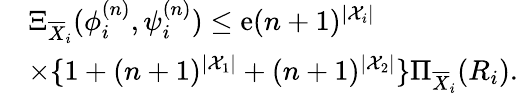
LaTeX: \begin{array}{rl}&{\Xi_{\overline{{X}}_{i}}(\phi_{i}^{(n)},\psi_{i}^{(n)})\leq\mathrm{e}(n+1)^{|{\cal X}_{i}|}}\\ &{\times\{ 1+(n+1)^{|{\cal X}_{1}|}+(n+1)^{|{\cal X}_{2}|}\} \Pi_{\overline{{X}}_{i}}(R_{i}).}\end{array}